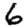
Digit: 6